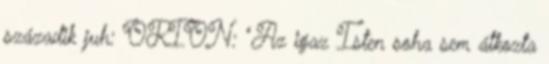
századik juh: ORION: "Az igaz Isten soha sem átkozta